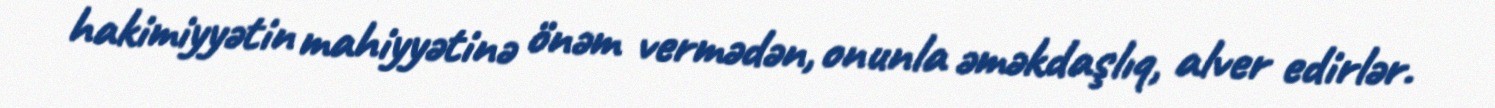
hakimiyyətin mahiyyətinə önəm vermədən, onunla əməkdaşlıq, alver edirlər.